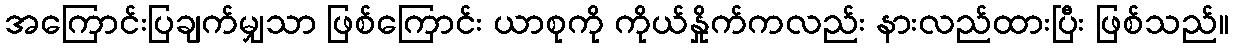
အကြောင်းပြချက်မျှသာ ဖြစ်ကြောင်း ယာစုကို ကိုယ်နှိုက်ကလည်း နားလည်ထားပြီး ဖြစ်သည်။